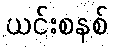
ယင်းစနစ်